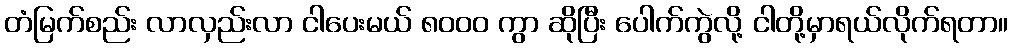
တံမြက်စည်း လာလှည်းလာ ငါပေးမယ် ၈၀၀၀ ကွာ ဆိုပြီး ပေါက်ကွဲလို့ ငါတို့မှာရယ်လိုက်ရတာ။